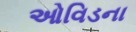
ઓવિડના